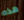
هذه